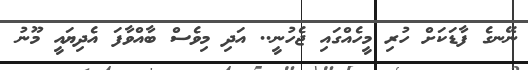
ނޭނގެ ފާޑަކަށް ހުރި މީހެއްގައި ޖެހުނީ.. އަދި މިވެސް ބާއްވާފަ އެދިޔައީ މޫނު